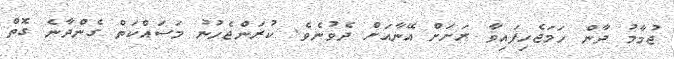
ޖުމާމު ދާން ހަމަޖެހިފައިވާ ރަށަށް އޭނާއަށް ދެވުނެވެ. ކުރަންޖެހުނު މަސައްކަތް ގެންދާނެ ގޮތް